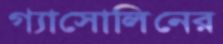
গ্যাসোলিনের